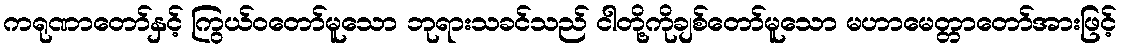
ကရုဏာတော်နှင့် ကြွယ်ဝတော်မူသော ဘုရားသခင်သည် ငါတို့ကိုချစ်တော်မူသော မဟာမေတ္တာတော်အားဖြင့်